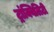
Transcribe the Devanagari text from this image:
ट्रांक्विलिटी